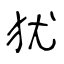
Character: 犹